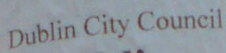
Dublin City Council